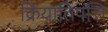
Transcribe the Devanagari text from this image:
क्रियातिपत्ति